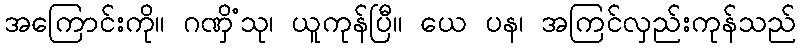
အကြောင်းကို။ ဂဏှိံသု၊ ယူကုန်ပြီ။ ယေ ပန၊ အကြင်လှည်းကုန်သည်